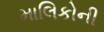
માલિકોની